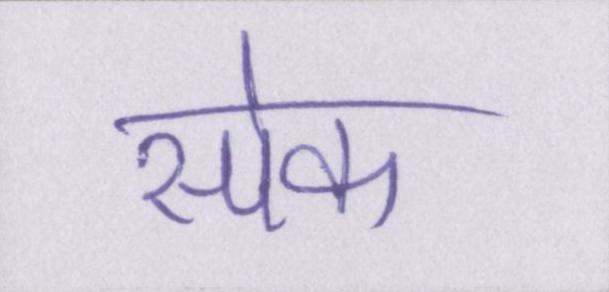
स्पेक